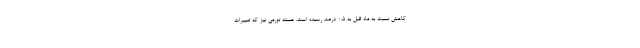
کاهش نسبت به ماه قبل به ۰.۵ درصد رسیده است. هسته تورمی نیز که تغییرات